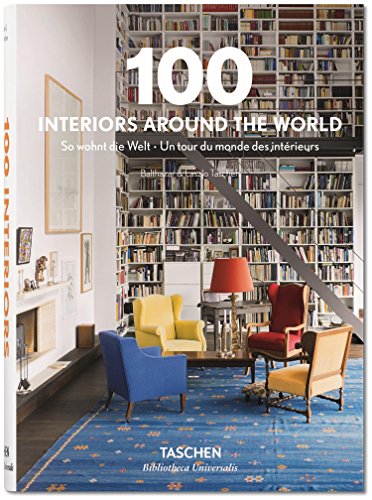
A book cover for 100 Interiors Around the World (Bibliotheca Universalis); TASCHEN; Crafts, Hobbies & Home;